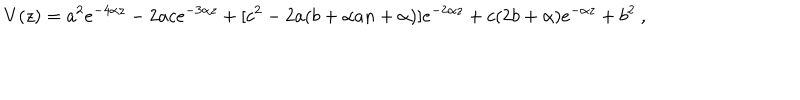
V ( z ) = a ^ { 2 } e ^ { - 4 \alpha z } - 2 a c e ^ { - 3 \alpha z } + [ c ^ { 2 } - 2 a ( b + \alpha a n + \alpha ) ] e ^ { - 2 \alpha z } + c ( 2 b + \alpha ) e ^ { - \alpha z } + b ^ { 2 } \ ,